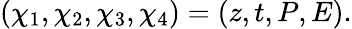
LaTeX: \left(\chi_{1},\chi_{2},\chi_{3},\chi_{4}\right)=(z,t,P,E).